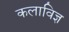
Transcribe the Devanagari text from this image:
कलाविज्ञ